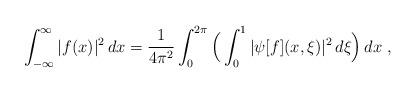
LaTeX: \begin{align*}\int_{-\infty}^{\infty} |f(x)|^2\, dx =\frac{1}{4\pi^2}\int_{0}^{2\pi}\Big( \int_0^1|\psi[f](x,\xi)|^2\, d\xi \Big) \, dx\ ,\end{align*}